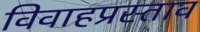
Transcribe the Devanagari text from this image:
विवाहप्रस्ताव